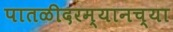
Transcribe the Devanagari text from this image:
पातळीदरम्यानच्या